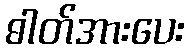
ဓါတ်အားပေး